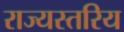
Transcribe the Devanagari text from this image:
राज्यस्तरिय